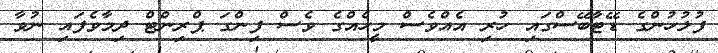
ފުލުހުންގެ ޑޭޓާބޭސްގައި ހުރި އެއްވެސް މީހެއްގެ ވެސް ފިންގަ ޕްރިންޓް ދިމާވެފައި ނުވާ